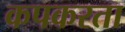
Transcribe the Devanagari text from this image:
कपकरता